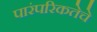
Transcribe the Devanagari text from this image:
पारंपरिकतेचे